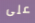
على